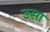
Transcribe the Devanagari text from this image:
उसा